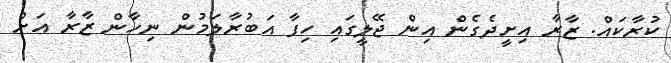
ކުރާކައް. ޒާރާ އިށީދެގެން އިން ޖޭލީގައި ހިފާ އަބުރާލަމުން ނިހާން ޒާރާ އަށް